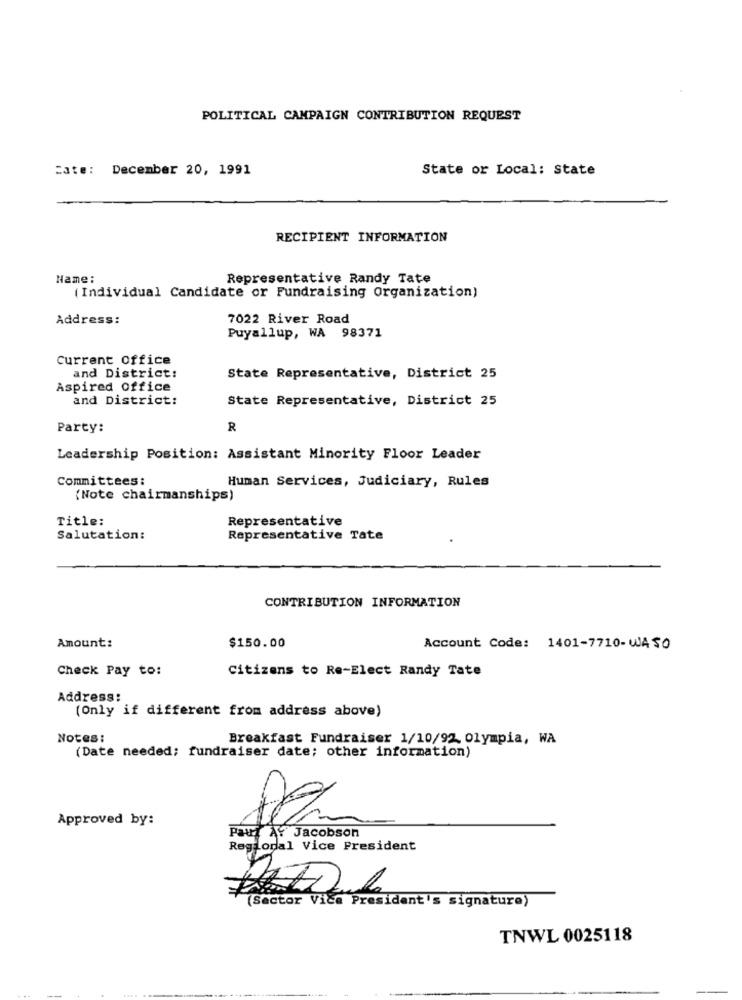
POLITICAL CAMPAIGN CONTRIBUTION REQUEST
cate: December 20, 1991
State or Local: State
RECIPIENT INFORMATION
Name:
Representative Randy Tate
(Individual Candidate or Fundraising Organization)
Address:
7022 River Road
Puyallup, WA 98371
Current Office
and District:
State Representative, District 25
Aspired Office
and District:
State Representative, District 25
Party:
R
Leadership Position: Assistant Minority Floor Leader
Committees:
Human Services, Judiciary, Rules
(Note chairmanships)
Title:
Representative
Salutation:
Representative Tate
CONTRIBUTION INFORMATION
Amount:
$150.00
Account Code: 1401-7710- WASO
Check Pay to:
Citizens to Re-Elect Randy Tate
Address:
(Only if different from address above)
Notes:
Breakfast Fundraiser 1/10/92, Olympia, WA
(Date needed; fundraiser date; other information)
Approved by:
Paul AY Jacobson
Regional Vice President
(Sector Vice President's signature)
TNWL 0025118